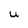
Character: U